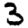
Digit: 3